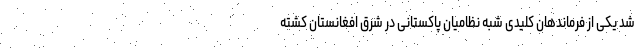
شد یکی از فرماندهان کلیدی شبه نظامیان پاکستانی در شرق افغانستان کشته